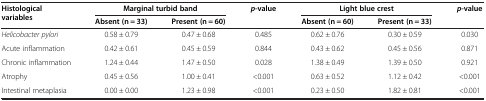
| <ROWSPAN=2> Histological variables | <COLSPAN=2> Marginal turbid band | <ROWSPAN=2> p-value | <COLSPAN=2> Light blue crest | <ROWSPAN=2> p-value |
 | Absent (n = 33) | Present (n = 60) | Absent (n = 60) | Present (n = 33) |
 | --- | --- | --- | --- | --- | --- | --- |
 | Helicobacter pylori | 0.58 ± 0.79 | 0.47 ± 0.68 | 0.485 | 0.62 ± 0.76 | 0.30 ± 0.59 | 0.030 |
 | Acute inflammation | 0.42 ± 0.61 | 0.45 ± 0.59 | 0.844 | 0.43 ± 0.62 | 0.45 ± 0.56 | 0.871 |
 | Chronic inflammation | 1.24 ± 0.44 | 1.47 ± 0.50 | 0.028 | 1.38 ± 0.49 | 1.39 ± 0.50 | 0.921 |
 | Atrophy | 0.45 ± 0.56 | 1.00 ± 0.41 | <0.001 | 0.63 ± 0.52 | 1.12 ± 0.42 | <0.001 |
 | Intestinal metaplasia | 0.00 ± 0.00 | 1.23 ± 0.98 | <0.001 | 0.23 ± 0.50 | 1.82 ± 0.81 | <0.001 |